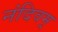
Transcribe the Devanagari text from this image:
नंदिवम्र्